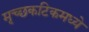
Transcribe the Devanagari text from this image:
मृच्छकटिकमध्ये